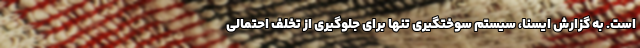
است. به گزارش ایسنا، سیستم سوختگیری تنها برای جلوگیری از تخلف احتمالی